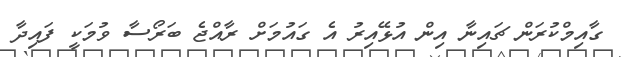
ގާއިމްކުރަން ޗައިނާ އިން އުޅޭއިރު އެ ގައުމަށް ރާއްޖެ ބަރޯސާ ވުމަކީ ފައިދާ